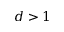
d > 1